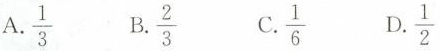
A.\frac{1}{3} B.\frac{2}{3} C.\frac{1}{6} D.\frac{1}{2}